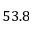
5 3 . 8